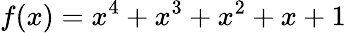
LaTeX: f(x)=x^{4}+x^{3}+x^{2}+x+1